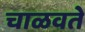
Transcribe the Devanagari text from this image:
चाळवते